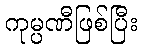
ကုမ္ပဏီဖြစ်ပြီး